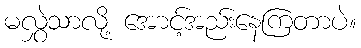
မလွှဲသာလို့ အောင့်အည်းနေကြတာပဲ။